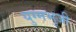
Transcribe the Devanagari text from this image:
युग्मभुजी